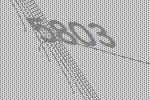
5803